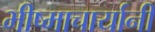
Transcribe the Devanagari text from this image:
भीष्माचार्यानी